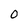
Character: 0